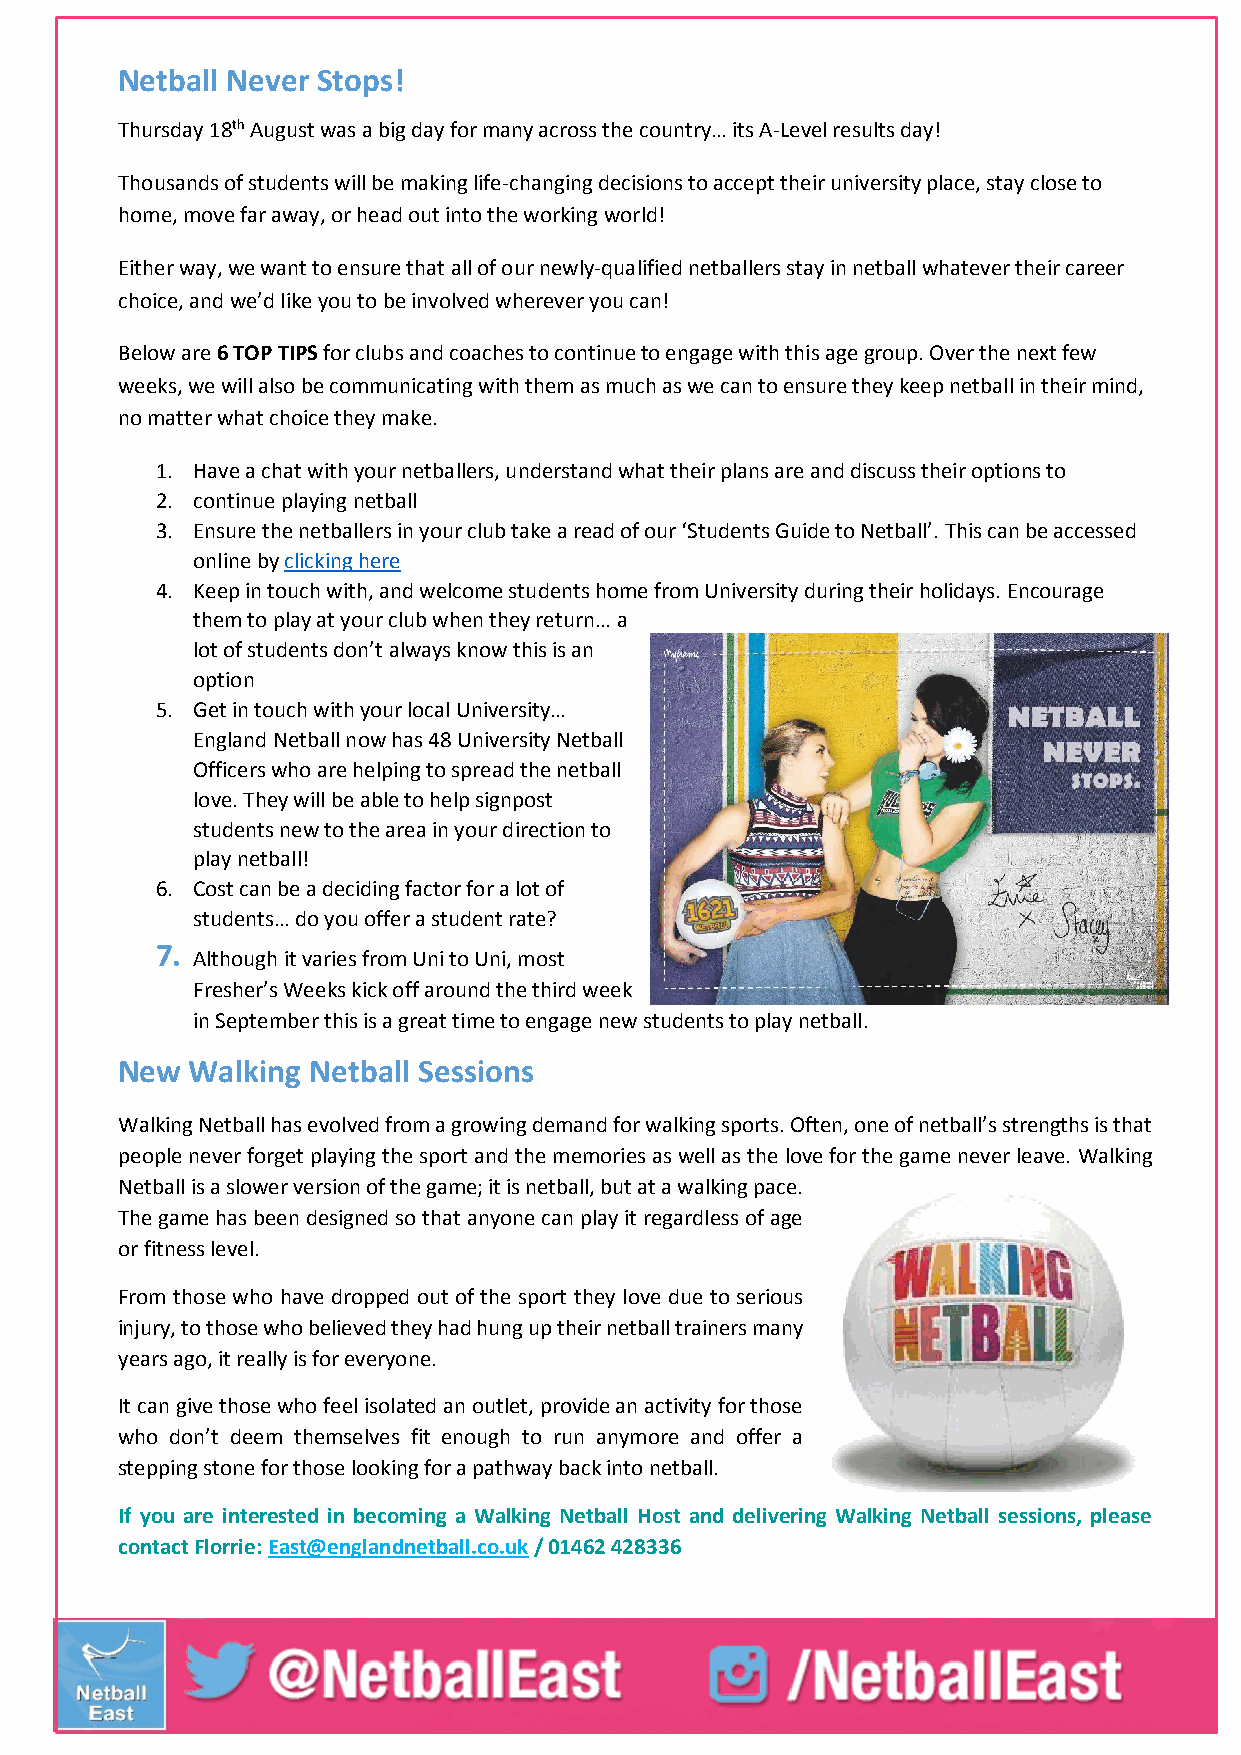
Netball Never Stops!
 Thursday 18th August was a big day for many across the country… its A-Level results day!
 Thousands of students will be making life-changing decisions to accept their university place, stay close to
 home, move far away, or head out into the working world!
 Either way, we want to ensure that all of our newly-qualified netballers stay in netball whatever their career
 choice, and we’d like you to be involved wherever you can!
 Below are 6 TOP TIPS for clubs and coaches to continue to engage with this age group. Over the next few
 weeks, we will also be communicating with them as much as we can to ensure they keep netball in their mind,
 no matter what choice they make.
 1. Have a chat with your netballers, understand what their plans are and discuss their options to
 2. continue playing netball
 3. Ensure the netballers in your club take a read of our ‘Students Guide to Netball’. This can be accessed
 online by clicking here
 4. Keep in touch with, and welcome students home from University during their holidays. Encourage
 them to play at your club when they return… a
 lot of students don’t always know this is an
 option
 5. Get in touch with your local University…
 England Netball now has 48 University Netball
 Officers who are helping to spread the netball
 love. They will be able to help signpost
 students new to the area in your direction to
 play netball!
 6. Cost can be a deciding factor for a lot of
 students… do you offer a student rate?
 7.
 Although it varies from Uni to Uni, most
 Fresher’s Weeks kick off around the third week
 in September this is a great time to engage new students to play netball.
 New  Walking Netball Sessions
 Walking Netball has evolved from a growing demand for walking sports. Often, one of netball’s strengths is that
 people never forget playing the sport and the memories as well as the love for the game never leave. Walking
 Netball is a slower version of the game; it is netball, but at a walking pace.
 The game has been designed so that anyone can play it regardless of age
 or fitness level.
 From those who have dropped out of the sport they love due to serious
 injury, to those who believed they had hung up their netball trainers many
 years ago, it really is for everyone.
 It can give those who feel isolated an outlet, provide an activity for those
 who don’t deem themselves fit enough to run anymore and offer a
 stepping stone for those looking for a pathway back into netball.
 If you are interested in becoming a Walking Netball Host and delivering Walking Netball sessions, please
 contact Florrie: East@englandnetball.co.uk / 01462 428336